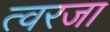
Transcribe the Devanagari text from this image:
त्वरजा